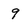
Character: 9